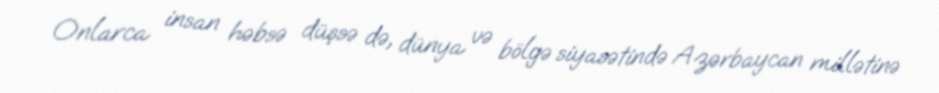
Onlarca insan həbsə düşsə də, dünya və bölgə siyasətində Azərbaycan millətinə